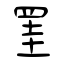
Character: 罣